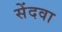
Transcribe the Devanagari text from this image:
सेंदवा